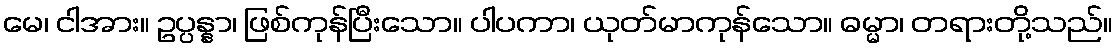
မေ၊ ငါအား။ ဥပ္ပန္နာ၊ ဖြစ်ကုန်ပြီးသော။ ပါပကာ၊ ယုတ်မာကုန်သော။ ဓမ္မာ၊ တရားတို့သည်။